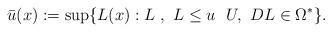
LaTeX: \begin{align*} \bar{u}(x):= \sup\{L(x): L\ ,\ L\leq u\ \ U, \ DL\in \Omega^*\}. \end{align*}